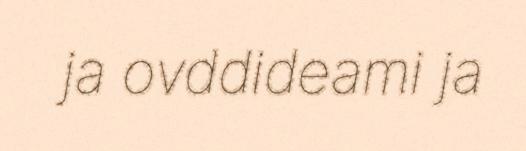
ja ovddideami ja